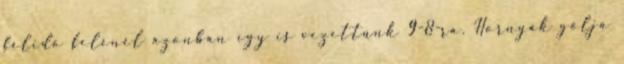
félidő felénél azonban így is vezettünk 9-8-ra. Hornyák gólja